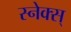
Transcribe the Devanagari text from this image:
स्नेक्स्